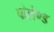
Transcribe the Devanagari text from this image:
पोलेण्ड